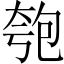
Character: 匏